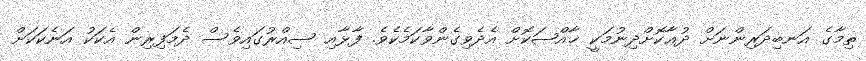
ތިމާގެ އަނބިދަރިންނަށް ދުޢާކޮށްދިނުމަކީ ޚާއްޞަކޮށް އެދެވިގެންވާކަމެކެވެ. ފާޅާއި ސިއްރުގައިވެސް ދެމަފިރިން އެކަކު އަނެކަކަށް